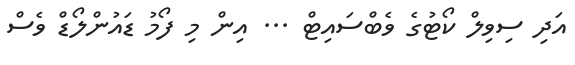
އަދި ސިވިލް ކޯޓުގެ ވެބްސައިޓް ... އިން މި ފޯމު ޑައުންލޯޑް ވެސް